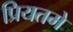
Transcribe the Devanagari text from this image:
प्रियतमे